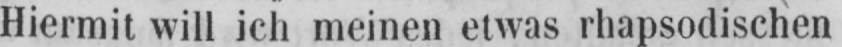
Hiermit will ich meinen etwas rhapsodischen